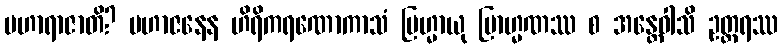
မဟာရာဇာတိ? မဟာဇနေန ဟိရိကရဏောကာသံ ဗြဟ္မာယု ဗြာဟ္မဏဿ စ အန္တေဝါသိ ဥတ္တရဿ